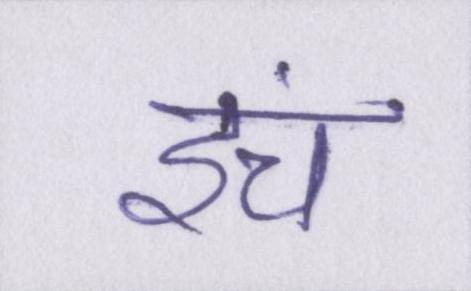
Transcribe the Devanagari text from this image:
इंच